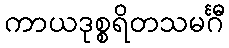
ကာယဒုစ္စရိတသမင်္ဂီ